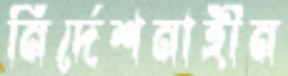
নির্দেশনাহীন